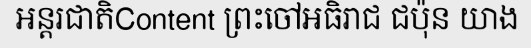
អន្តរជាតិContent ព្រះចៅអធិរាជ ជប៉ុន យាង